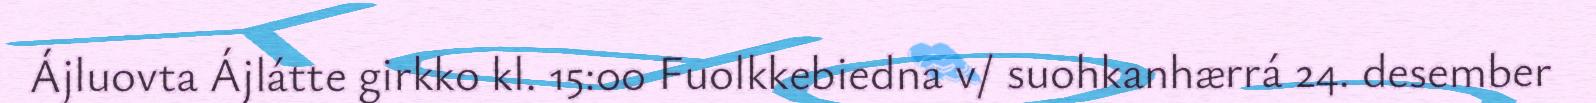
Ájluovta Ájlátte girkko kl. 15:00 Fuolkkebiedna v/ suohkanhærrá 24. desember